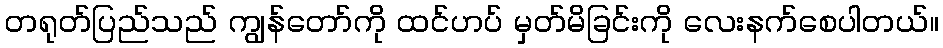
တရုတ်ပြည်သည် ကျွန်တော်ကို ထင်ဟပ် မှတ်မိခြင်းကို လေးနက်စေပါတယ်။